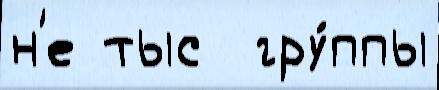
н'е тыс  гру́ппы